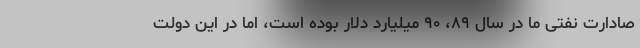
صادارت نفتی ما در سال ۸۹، ۹۰ میلیارد دلار بوده است، اما در این دولت